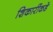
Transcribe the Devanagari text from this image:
शिकारींकडे